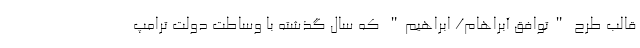
قالب طرح "توافق آبراهام/ ابراهیم" که سال گذشته با وساطت دولت ترامپ